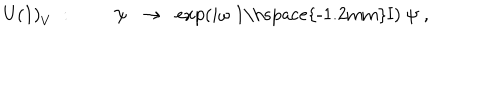
\mathrm { U ( 1 ) } _ { V } \; : \; \; \psi \; \; \rightarrow \; \; \exp \left( i \omega \; \mathrm { 1 \hspace { - 1 . 2 m m } I } \right) \; \psi \; ,